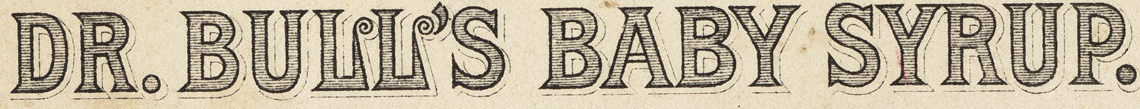
DR. BULL'S BABY SYRUP.